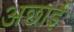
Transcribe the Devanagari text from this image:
अछाई